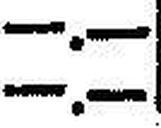
—.—